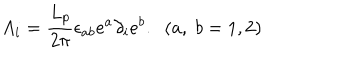
A _ { i } = \frac { L _ { p } } { 2 \pi } \epsilon _ { a b } e ^ { a } \partial _ { i } e ^ { b } . \; \; ( a , \; b = 1 , 2 )